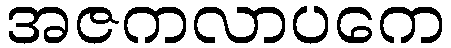
အဇကလာပကေ